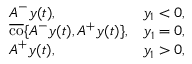
\begin{array} { r l r } & { \boldsymbol { A } ^ { - } \boldsymbol { y } ( t ) , } & { y _ { 1 } < 0 , } \\ & { \overline { { \operatorname { c o } } } \lbrace \boldsymbol { A } ^ { - } \boldsymbol { y } ( t ) , \boldsymbol { A } ^ { + } \boldsymbol { y } ( t ) \rbrace , } & { y _ { 1 } = 0 , } \\ & { \boldsymbol { A } ^ { + } \boldsymbol { y } ( t ) , } & { y _ { 1 } > 0 , } \end{array}